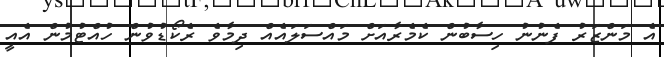
އެ މަންޒަރު ފެނުނު ހިސާބުން ކެމެރާއަށް މައްސަލައެއް ދިމާވެ ރެކޯޑުވުން ހުއްޓުމުން އެއީ